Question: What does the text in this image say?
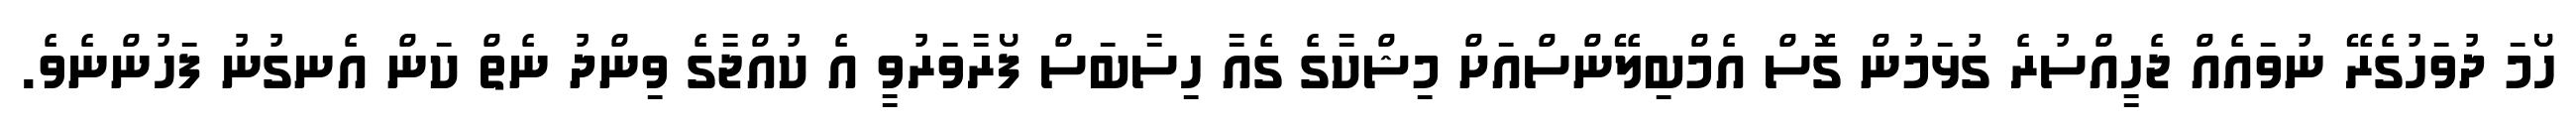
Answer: ހޯމަ ދުވަހުގެރޭ ނުވައެއް ޖެހީއްސުރެ ގުޅަމުން ގޮސް އެމްބިލޭންސްއަށް މިޝްކާގެ ގެއާ ހިސާބަސް ފޯރާވަރުވީ އެ ކުއްޖާގެ ވިންދު ނެތް ކަން އެނގުނު ފަހުންނެވެ.